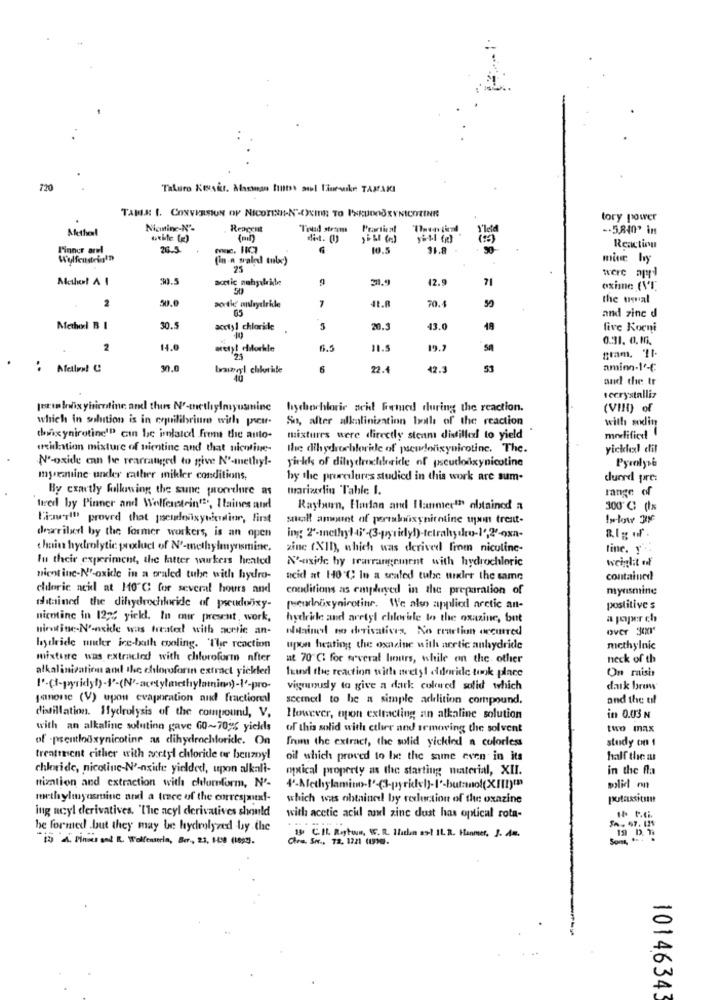
720
Takuro Keuskr. Marian toutes sol Lineskn TAXAKI
TAMLA 1. CONVERSION OF NICOTINE-N'-CXEINE TO IERUDOBRYNICOTINE
tory power
Method
Nignine-Nº.
Told stroom
Prartient
-. 5.840' in
Finner arel
10.5
31.8
Reaction
Wolfenstein!"
(in a sealed tulc)
mine hy
25
3.5
acetic nahyılride
12.9
71
were apr-l
50
oxime (VT
2
50.
7
41.A
70.1
the usual
sortie anhydride
05
50
and zinc d
Method B I
30.5
acetyl chloride .
5
20.
43.0
18
five Koeni
0.31. 0. 1.
2
14.0
6.5
11.5
19.2
gram. 11
2.3
' Afelix! C
..
boazyl chheite
6
22.
42.3
53
amion-1"-€
40
and the tr
recrystalliz
jetim Inox yinicotine and this Nº-methylmyusmine
hychochloric acid formed during the reaction.
(VIII) of
which in solution is in erguilibritre with picur-
So, alter alkalinization both of the reaction
with skin
modifice
thuix ynicotine'" can be imlaicd from the auto-
mixtures were directly steam distilled to yield
arxidation mixture of nietine and that nicotine-
the dihydrochloride of pseudonxynicotine. The.
yicklexl dil
Nº-oxide can be rearranged to give Nº-methyl-
yields of dilyelrochloride of pseudoixynicotine
Pyrolyse
myreniine under rather mikler conditions,
by the prereslures studied in this work are sum-
duerd prre:
By exactly folkasing the sunc procedure as
marizalin Table I.
range
tired by Pinner and Wolfenstein", Itaines and
Rayburn, Harlan and Ilanmer!" obtained a
300 ℃: (Ix
Fizzer!" proved that pseudevisyuiculine, first
stolt amount of portalsynicotine upon trent-
described by the former workers, is an open
chains hydrolytic product of N'-methylmyasmine,
zine (X1h), which was derived from niculine-
tine. y.
Iu their experiment, the latter workers heated
N'aside by trarrangement with hydrochloric
weight of
nient inc-N'-oxide in a oraled tube with hydro-
acid at 140 ℃ In a scaled tube wexler the same
contained
eldoric acid at 10 ℃ for several hours and
conditions as employed in the preparation of
myrsmine
stained the dihydrochloride of pseudooxy-
peurluxynicotine. We also applied arctic an-
postitive s
nicotine in 12;2 yield. In our present , work,
hydride and aretyl chlewrite to the oxazine, but
a poper ch
nietine-N'enxide was treated with acetic an-
oldain't no derivations, No reaction occurred
over 300*
hydride muker ice-bath cooling. The reaction
upon heating the oxazine with arctic anhydride
methylnic
mixture was extracled with chloroform after
at 70 ℃: for several hours, while on the other
neck of th
alkalinization and the chloroforin extract yickled
find the reaction with acetyl edoride took piace
On risis
vignaudy to give a dark colored solid which
dark brow
janon (V) upon evaporation and fractional
seemed to be a simple addition compound.
and the til
distillation. Hydrolysis of the compound, V.
However, opon extracting an alkaline solution
in 0.03 N
with an alkalinc solution gave 60~70% yields
of this solid with ctler and removing the solvent
two max
of -psentlodxynicotine as dihydrochloride. On
from the extract, the solid yickled a colorless
study on 1
treatment either with acetyl chloride or benzoyl
oil which proved to be the same even in its
half the a
chloride, nicotine-Nº-nxide yielded, upon alkali-
onxical property as the starting material, XII.
in the fla
nization and extraction with chloroform, N'-
molid on
methylmyosine and a trace of the correspond-
which was obtained by reduction of the oxazine
potassithe
ing acyl derivatives. "The acyl derivatives should
with acetic acid and zinc dust has optical rota-
Sh- 57. 121
he formed .but they may be hydrolyzed by the
"is A. Pines and R. Wolfenserin, Ber ., 2.3, 1-08 (1893).
Ora Sr ., 72, 1221 1918.
13. CIL. Regtous, S. R. Hladin art 1L. R. Hanmer, J. Az.
.19 D. T.
10146343